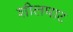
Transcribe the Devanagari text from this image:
शीलघाट